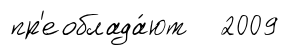
пр'еоблада́ют 2009